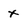
Character: x